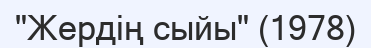
"Жердің сыйы" (1978)